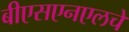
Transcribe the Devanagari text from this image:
बीएसएनएलचे